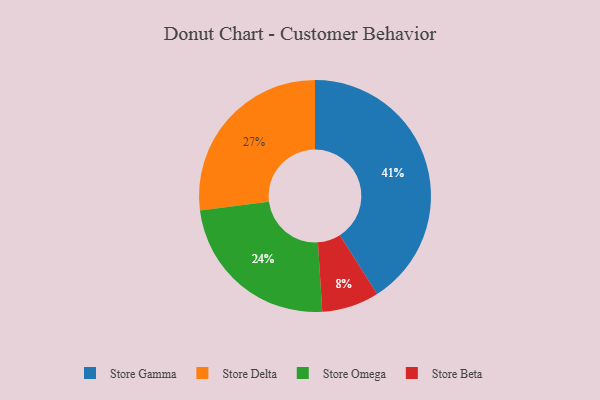
{"axis": {"x": "Category", "y": "Percentage"}, "legend": ["Store Beta", "Store Delta", "Store Gamma", "Store Omega"], "data": [{"x": "Store Gamma", "y": 41, "type": "Store Gamma"}, {"x": "Store Beta", "y": 8, "type": "Store Beta"}, {"x": "Store Delta", "y": 27, "type": "Store Delta"}, {"x": "Store Omega", "y": 24, "type": "Store Omega"}]}